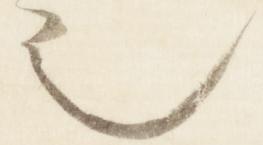
之